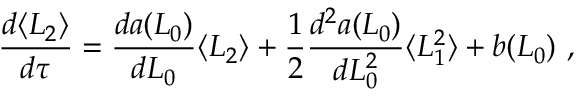
\frac { d \langle L _ { 2 } \rangle } { d \tau } = \frac { d a ( L _ { 0 } ) } { d L _ { 0 } } \langle L _ { 2 } \rangle + \frac { 1 } { 2 } \frac { d ^ { 2 } a ( L _ { 0 } ) } { d L _ { 0 } ^ { 2 } } \langle L _ { 1 } ^ { 2 } \rangle + b ( L _ { 0 } ) \ ,